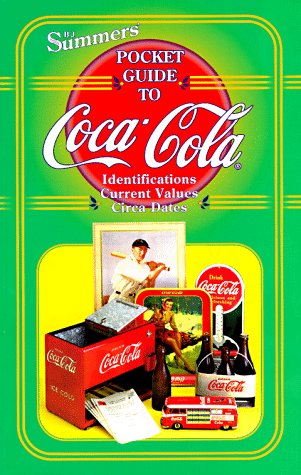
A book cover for Summers' Pocket Guide to Coca-Cola (1st ed); B. J. Summers; Crafts, Hobbies & Home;